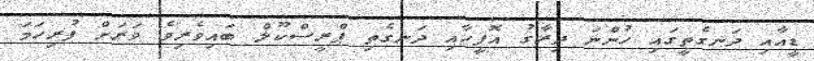
ޑީއާއި ދަނގެތީގައި ހުންނަ ދިރާގު އޮފީހާއި ދަނގެތި ޕްރީސްކޫލް ބައިވެރިވެ ވަރަށް ފުރިހަމަ